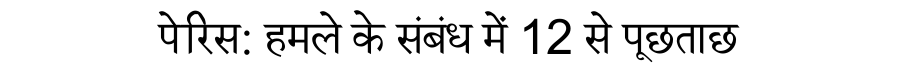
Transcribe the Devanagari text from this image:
पेरिस: हमले के संबंध में 12 से पूछताछ